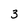
Character: 3